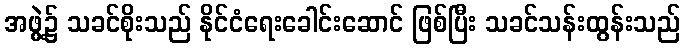
အဖွဲ့၌ သခင်စိုးသည် နိုင်ငံရေးခေါင်းဆောင် ဖြစ်ပြီး သခင်သန်းထွန်းသည်